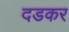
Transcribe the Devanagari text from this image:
दडकर